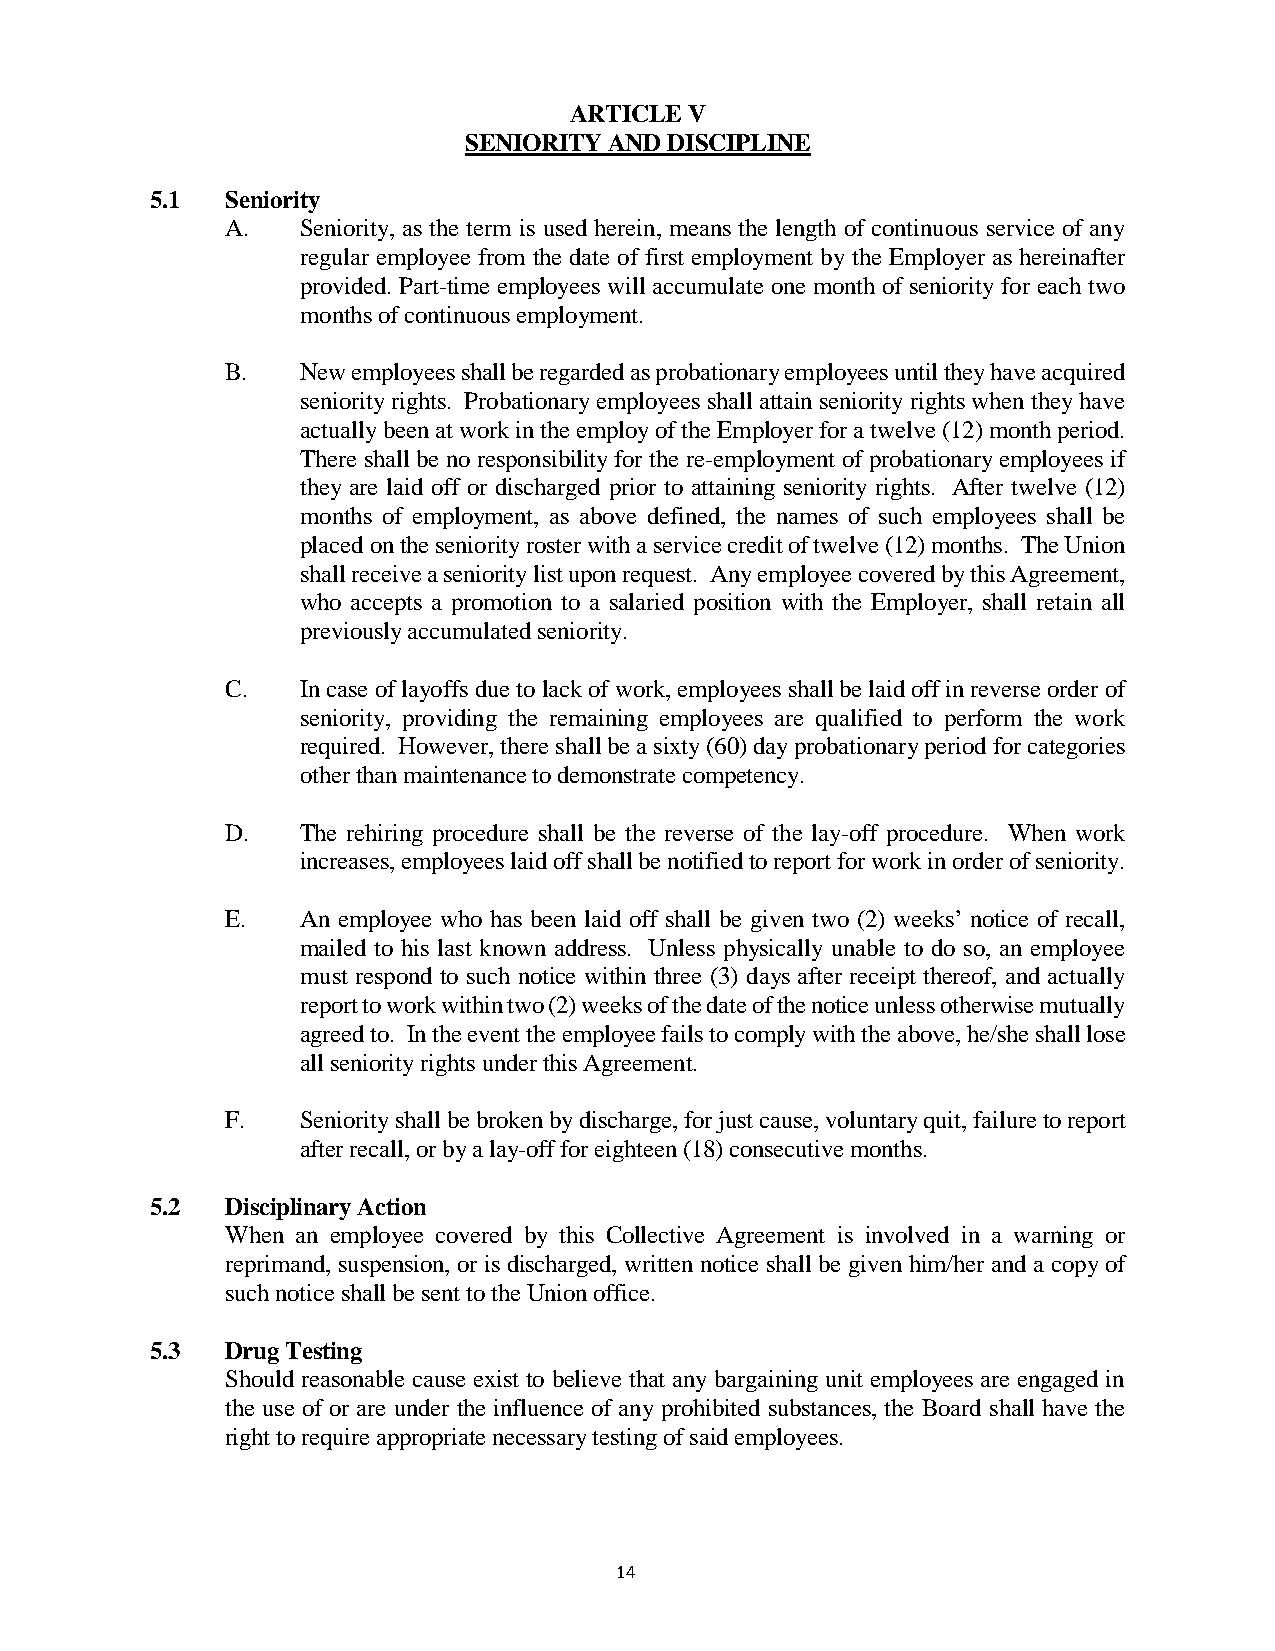
ARTICLE V
 SENIORITY AND DISCIPLINE
 5.1  Seniority
 A.   Seniority, as the term is used herein, means the length of continuous service of any
 regular employee from the date of first employment by the Employer as hereinafter
 provided. Part-time employees will accumulate one month of seniority for each two
 months of continuous employment.
 B.   New employees shall be regarded as probationary employees until they have acquired
 seniority rights. Probationary employees shall attain seniority rights when they have
 actually been at work in the employ of the Employer for a twelve (12) month period.
 There shall be no responsibility for the re-employment of probationary employees if
 they are laid off or discharged prior to attaining seniority rights. After twelve (12)
 months of employment, as above defined, the names of such employees shall be
 placed on the seniority roster with a service credit of twelve (12) months. The Union
 shall receive a seniority list upon request. Any employee covered by this Agreement,
 who accepts a promotion to a salaried position with the Employer, shall retain all
 previously accumulated seniority.
 C.   In case of layoffs due to lack of work, employees shall be laid off in reverse order of
 seniority, providing the remaining employees are qualified to perform the work
 required. However, there shall be a sixty (60) day probationary period for categories
 other than maintenance to demonstrate competency.
 D.   The rehiring procedure shall be the reverse of the lay-off procedure. When work
 increases, employees laid off shall be notified to report for work in order of seniority.
 E.   An employee who has been laid off shall be given two (2) weeks’ notice of recall,
 mailed to his last known address. Unless physically unable to do so, an employee
 must respond to such notice within three (3) days after receipt thereof, and actually
 report to work within two (2) weeks of the date of the notice unless otherwise mutually
 agreed to. In the event the employee fails to comply with the above, he/she shall lose
 all seniority rights under this Agreement.
 F.   Seniority shall be broken by discharge, for just cause, voluntary quit, failure to report
 after recall, or by a lay-off for eighteen (18) consecutive months.
 5.2  Disciplinary Action
 When an employee covered by this Collective Agreement is involved in a warning or
 reprimand, suspension, or is discharged, written notice shall be given him/her and a copy of
 such notice shall be sent to the Union office.
 5.3  Drug Testing
 Should reasonable cause exist to believe that any bargaining unit employees are engaged in
 the use of or are under the influence of any prohibited substances, the Board shall have the
 right to require appropriate necessary testing of said employees.
 14